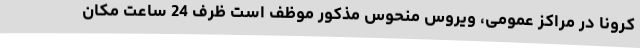
کرونا در مراکز عمومی، ویروس منحوس مذکور موظف است ظرف 24 ساعت مکان